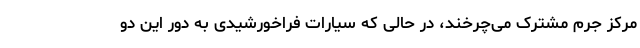
مرکز جرم مشترک می‌چرخند، در حالی که سیارات فراخورشیدی به دور این دو